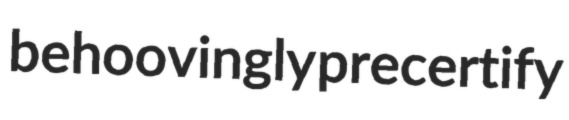
behoovingly precertify